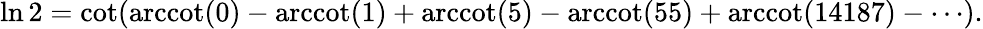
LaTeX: \ln 2=\cot({\operatorname{arccot}(0)-\operatorname{arccot}(1)+\operatorname{arccot}(5)-\operatorname{arccot}(55)+\operatorname{arccot}(14187)-\cdots}).